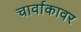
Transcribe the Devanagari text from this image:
चार्वाकावर